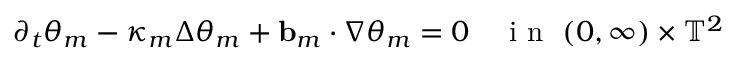
\partial _ { t } \theta _ { m } - \kappa _ { m } \Delta \theta _ { m } + \ensuremath { \mathbf { b } } _ { m } \cdot \nabla \theta _ { m } = 0 \quad \mathrm { ~ i ~ n ~ } \ ( 0 , \infty ) \times \ensuremath { \mathbb { T } } ^ { 2 }